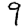
Digit: 9